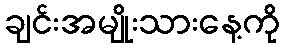
ချင်းအမျိုးသားနေ့ကို